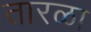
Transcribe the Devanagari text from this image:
तारळा